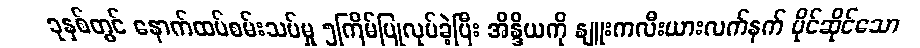
ခုနှစ်တွင် နောက်ထပ်စမ်းသပ်မှု ၅ကြိမ်ပြုလုပ်ခဲ့ပြီး အိန္ဒိယကို နျူးကလီးယားလက်နက် ပိုင်ဆိုင်သော